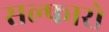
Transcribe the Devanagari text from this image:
सल्फारो